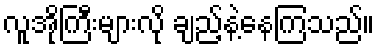
လူအိုကြီးများလို ချည့်နဲ့နေကြသည်။